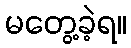
မတွေ့ခဲ့ရ။